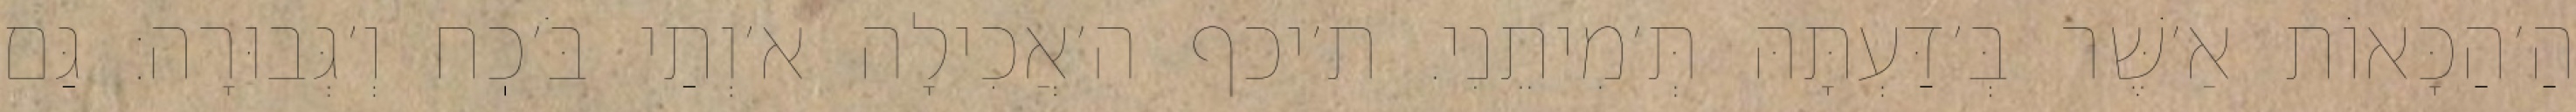
הַ׳הַכָּאוֹת אַ׳שֶּׁר בְּ׳דַּעְתָּהּ תְּ׳מִיתֵנִי. ת׳יכף ה׳אֲכִילָה א׳וְתַי בֹּ׳כֽח וְ׳גְּבוּרָה: גַּם